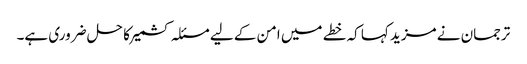
ترجمان نے مزید کہا کہ خطے میں امن کے لیے مسئلہ کشمیر کا حل ضروری ہے۔